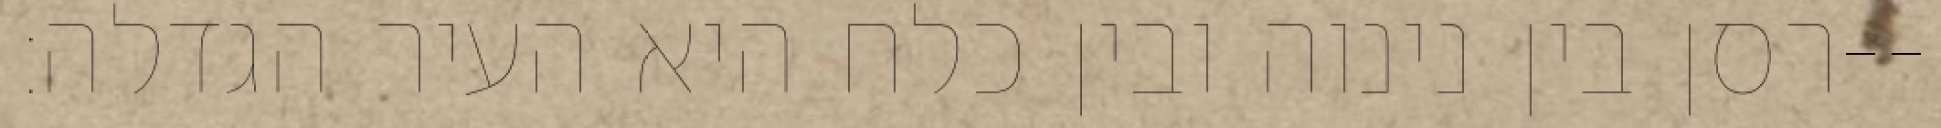
רסן בין נינוה ובין כלח היא העיר הגדלה׃--